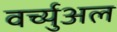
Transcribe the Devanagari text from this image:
वर्च्युअल